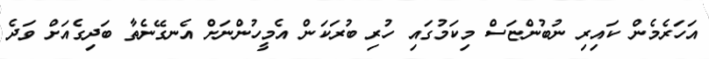
އަހަރެމެން ކައިރި ނުބުންޏަސް މިކަމުގައި ހުރި ބުރަކަން އެމީހުންނަށް އެނގޭނެތާ ބަދިގެއަށް ވަދެ